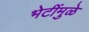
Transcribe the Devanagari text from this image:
भेटींमुळे